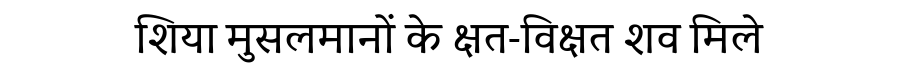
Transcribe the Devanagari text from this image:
शिया मुसलमानों के क्षत-विक्षत शव मिले